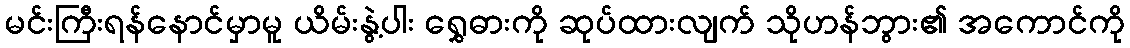
မင်းကြီးရန်နောင်မှာမူ ယိမ်းနွဲ့ပါး ရွှေဓားကို ဆုပ်ထားလျက် သိုဟန်ဘွား၏ အကောင်ကို